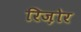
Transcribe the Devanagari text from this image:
रिज़ोर